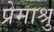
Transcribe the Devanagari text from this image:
प्रेमाश्रु